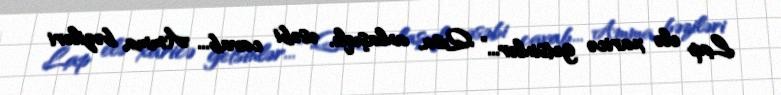
Lap elə xaricə getsinlər...” Qısa, anlaşıqlı, əsəbi cavab... Amma bəziləri